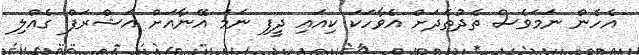
އެހެން ނަމަވެސް ތެދުތެދަށް އެވާހަކަ ކިއައި ދީފި ނަމަ އޭނާއަށް އަޝްރަފް ގެއްލި